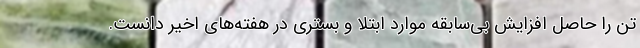
تن را حاصل افزایش بی‌سابقه موارد ابتلا و بستری در هفته‌های اخیر دانست.